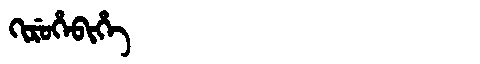
Manchu: ᡴᡳᡵᡠᡥᡝᠪᡳᡥᡝ
Romanization: KIRUHEBIHE